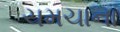
ચમચાના